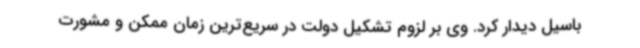
باسیل دیدار کرد. وی بر لزوم تشکیل دولت در سریع‌ترین زمان ممکن و مشورت